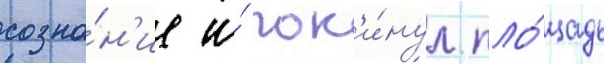
созна́н'ие и́ пок'и́нул пло́щадь